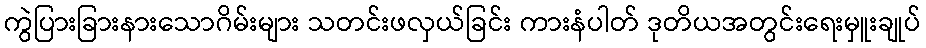
ကွဲပြားခြားနားသောဂိမ်းများ သတင်းဖလှယ်ခြင်း ကားနံပါတ် ဒုတိယအတွင်းရေးမှူးချုပ်